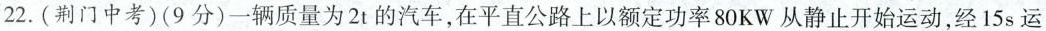
22.(荆门中考)(9分)一辆质量为2t的汽车，在平直公路上以额定功率80KW从静止开始运动，经15s运